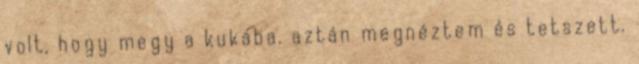
volt, hogy megy a kukába. aztán megnéztem és tetszett.